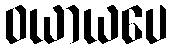
ဝယာယပေ